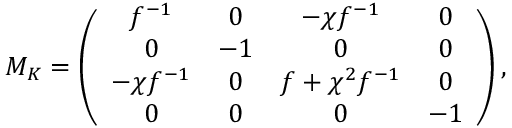
M _ { K } = \left( \begin{array} { c c c c } { { f ^ { - 1 } } } & { { 0 } } & { { - \chi f ^ { - 1 } } } & { { 0 } } \\ { { 0 } } & { { - 1 } } & { { 0 } } & { { 0 } } \\ { { - \chi f ^ { - 1 } } } & { { 0 } } & { { f + \chi ^ { 2 } f ^ { - 1 } } } & { { 0 } } \\ { { 0 } } & { { 0 } } & { { 0 } } & { { - 1 } } \end{array} \right) ,